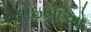
રસોઇયાઓ